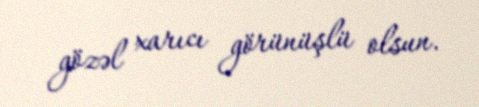
gözəl xarıcı görünüşlü olsun.